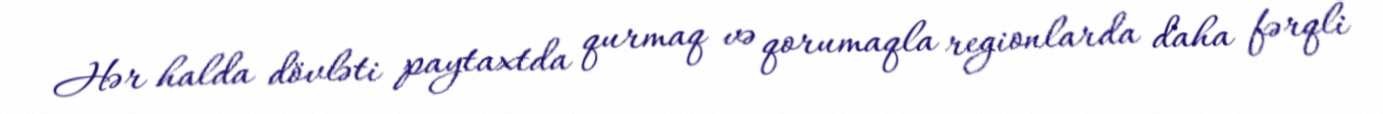
Hər halda dövləti paytaxtda qurmaq və qorumaqla regionlarda daha fərqli